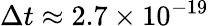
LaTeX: \Delta t\approx 2.7\times 10^{-19}